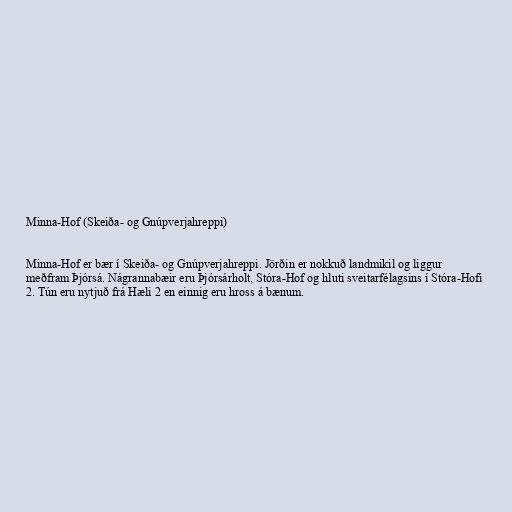
Minna-Hof (Skeiða- og Gnúpverjahreppi)

Minna-Hof er bær í Skeiða- og Gnúpverjahreppi. Jörðin er nokkuð landmikil og liggur
meðfram Þjórsá. Nágrannabæir eru Þjórsárholt, Stóra-Hof og hluti sveitarfélagsins í Stóra-Hofi
2. Tún eru nytjuð frá Hæli 2 en einnig eru hross á bænum.